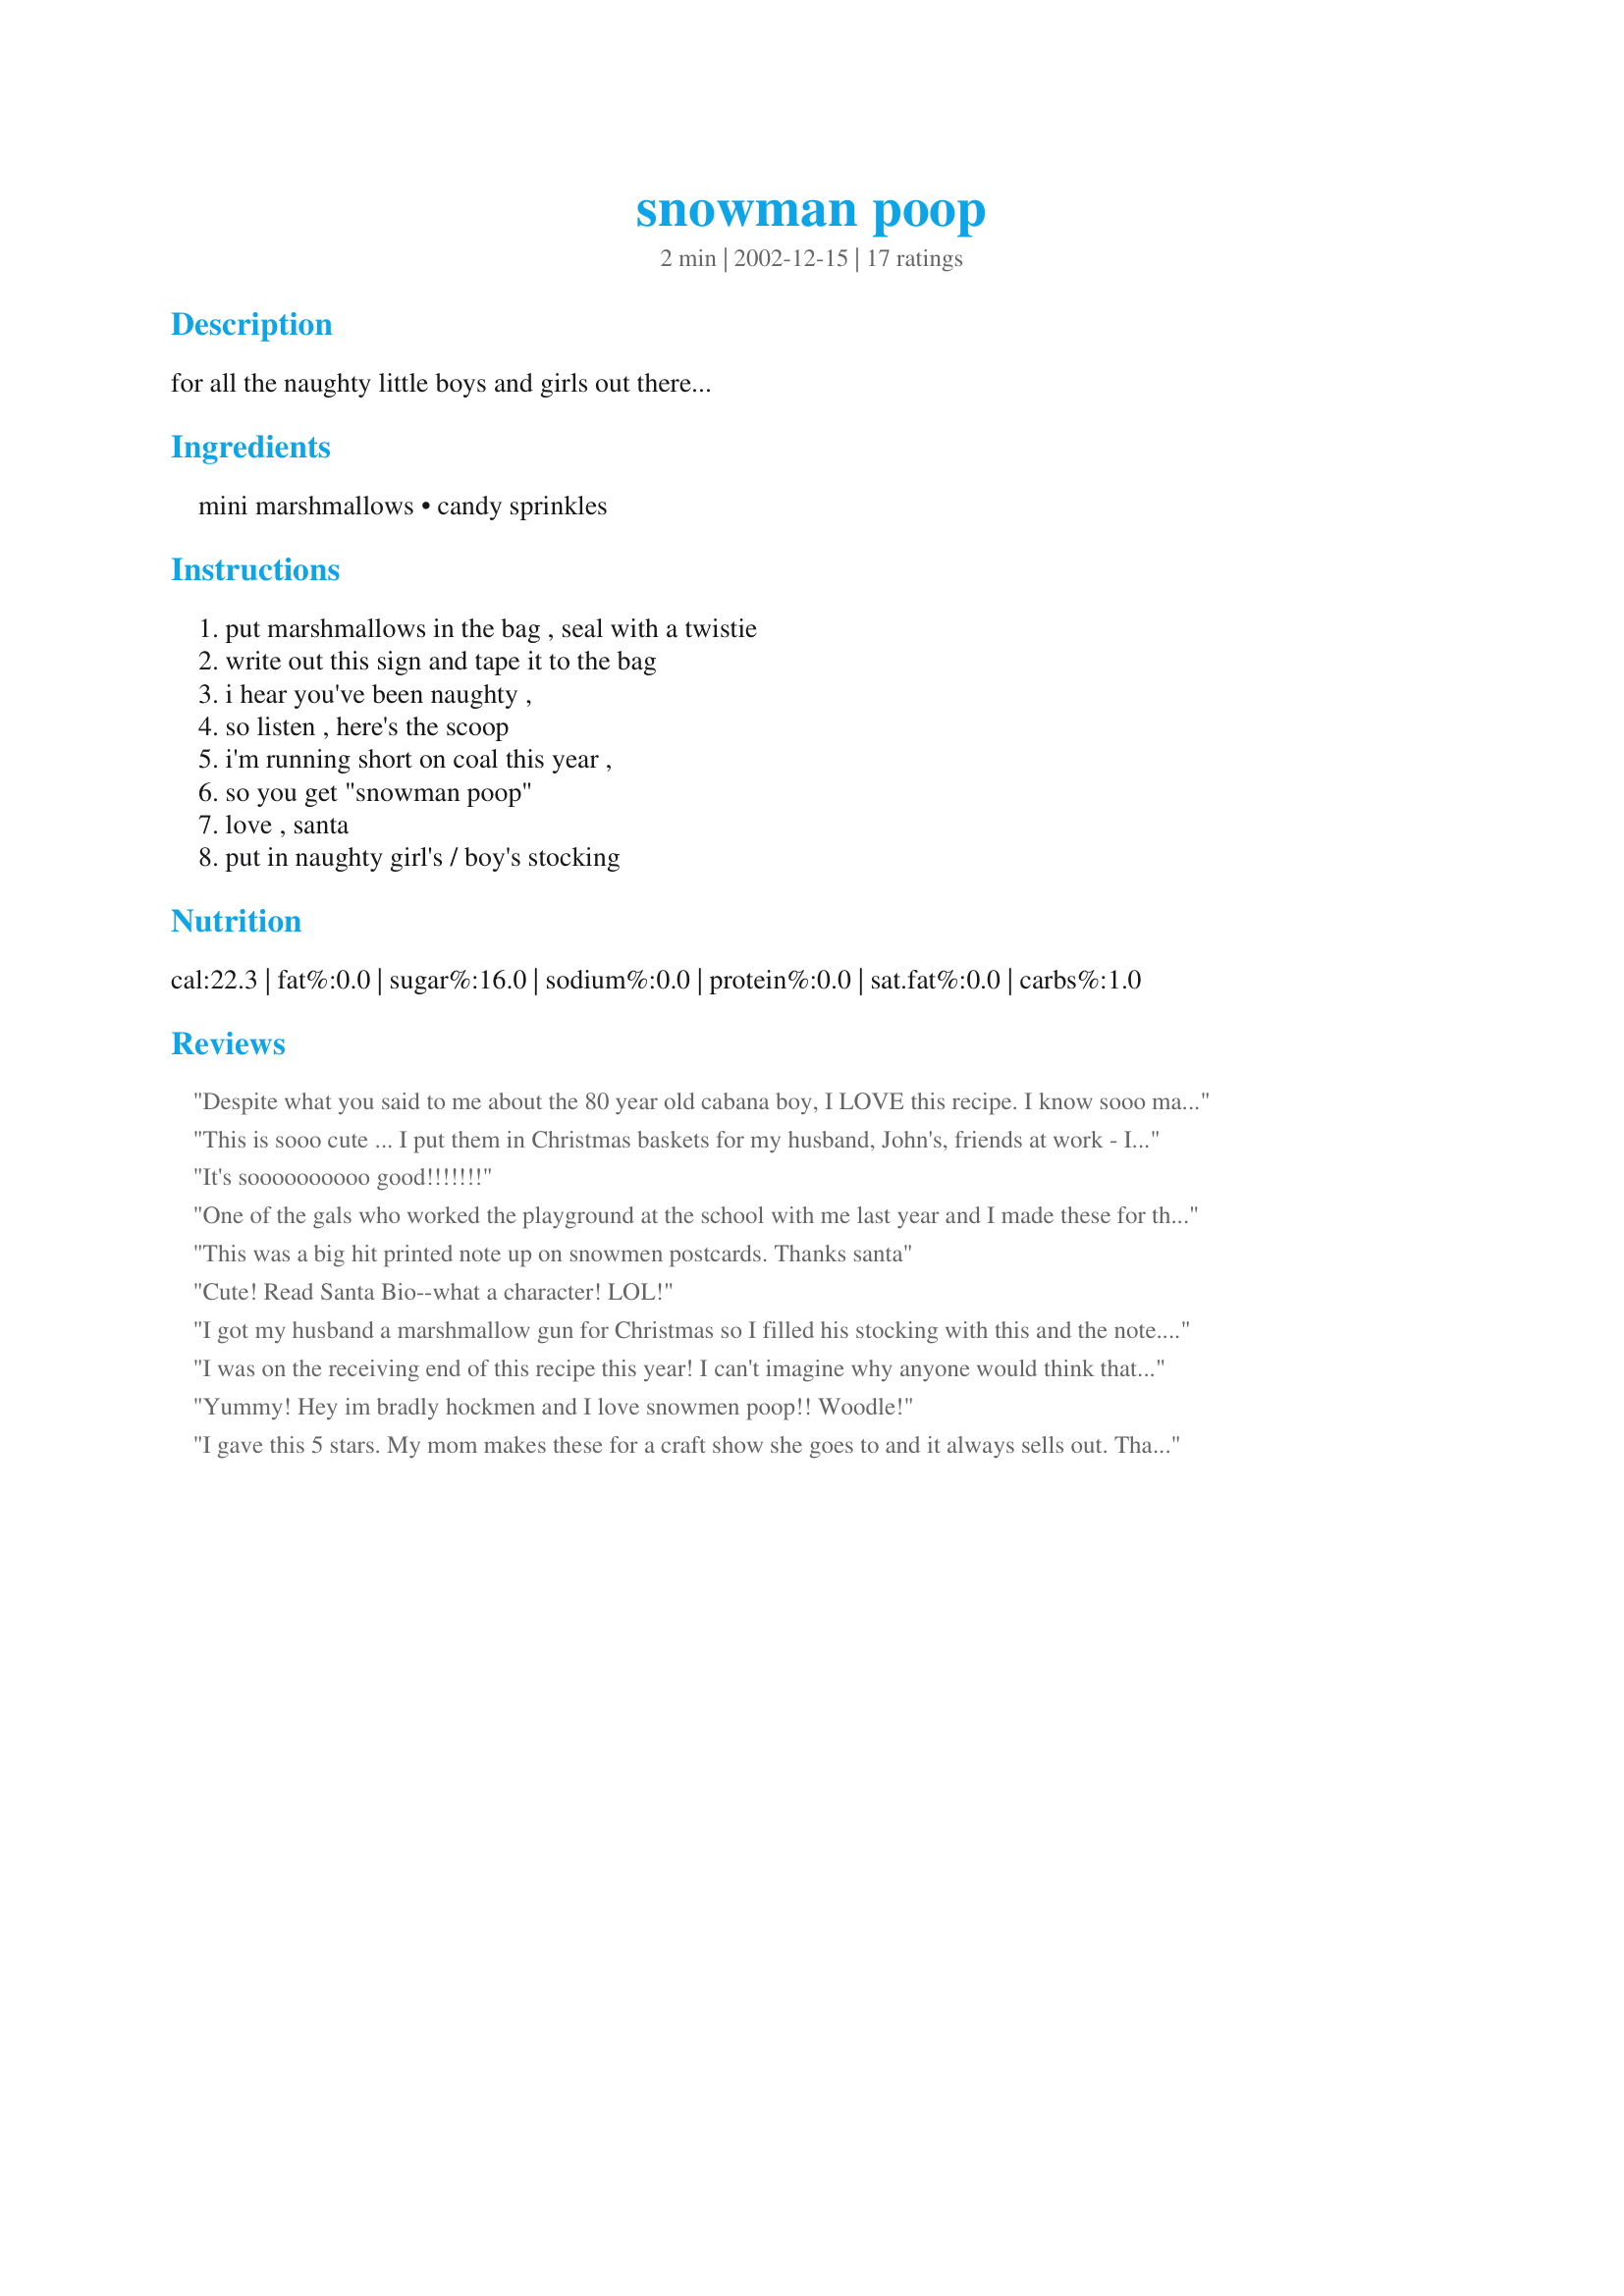
snowman poop
Preparation time: 2 minutes

for all the naughty little boys and girls out there...

Ingredients:
mini marshmallows, candy sprinkles

Steps:
put marshmallows in the bag , seal with a twistie, write out this sign and tape it to the bag, i hear you've been naughty ,, so listen , here's the scoop, i'm running short on coal this year ,, so you get "snowman poop", love , santa, put in naughty girl's / boy's stocking

Reviews:
Despite what you said to me about the 80 year old cabana boy, I LOVE this recipe. I know sooo many people who I will probably give this to next year. Thanks for the laugh!
This is sooo cute ... I put them in Christmas baskets for my husband, John's, friends at work - I changed the poem to read " John says that you've been naughty, so listen heres the scoop, I used all my coal on John this year, so you get snowman poop". I guess it was quite a giggle at work.
It's soooooooooo good!!!!!!!
One of the gals who worked the playground at the school with me last year and I made these for the staff at the school. We inserted each "packet" inside a Christmas Card for each teacher and staff member. We made them up in my hospital room. Everyone just loved it! They thought it was such a cute idea. I may make them up again this year.
This was a big hit printed note up on snowmen postcards. Thanks santa
Cute! Read Santa Bio--what a character! LOL!
I got my husband a marshmallow gun for Christmas so I filled his stocking with this and the note. He was impressed to say the least. Thanks for sharing such a great idea.
I was on the receiving end of this recipe this year! I can't imagine why anyone would think that I have been naughty!! I will be using this one next year. What fun!
Yummy! Hey im bradly hockmen and I love snowmen poop!! Woodle!
I gave this 5 stars. My mom makes these for a craft show she goes to and it always sells out. Thanks for posting! Christine (internetnut)
This was a huge hit at my son's boy scout Christmas party. My son and I made these up and gave them to everyone. They were enjoyed by all!
Well, Ole Santie, I do believe you've hit upon a winner here! Very easy recipe to assemble, with readily available ingredients! Bet these are even Cabana Boy Friendly! Especially, 80 year old ones.(easy to chew with dentures, and, digestible)!
Good Thinkin, Santie!
Thanks a bunch.
Laudee

This really hit the spot for me. Last night (Christmas Eve) my daughters were really in bad form. So much so that I was tempted to say "H-e-double toothpicks with it" and take back everything we bought. I went to bed crying, vowing that this was Santa's last year at this house. Woke up this morning and turned on my computer and saw this on the front page. It was a sign. I made up some bags of it and put that in their stockings instead. (Other stuff will be saved for another time.) GREAT!!!!!! Thank you for making my morning! Happy Holidays!
This recipe just struck me so funny that I had to give it five stars. Got some yucky news right before I read this but oh did I laugh at this. Thanks for the laugh Santa
Very cute idea! I like the fact that these don't melt and I don't gum up my black shiny boots stepping in them! From one Claus to another (but with an E!?) this is a fun and festive recipe, thanks for posting!
Sorry Santa, this recipe I will not make again, it is not a keeper. The instructions were extremely difficult to follow, and ingredients were hard to come by. DH, MIL certainly weren't impressed when I made up the bags, the only one who showed any interest at all was DD(dear dog}
Looking forward to the coal again next year!!
What a wonderful recipe Santa. Thank you for posting it. How long this must have taken to perfect. You are truly a master chef. Merry Christmas. I love it.
